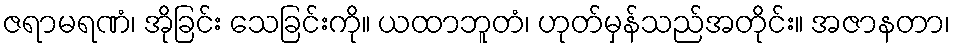
ဇရာမရဏံ၊ အိုခြင်း သေခြင်းကို။ ယထာဘူတံ၊ ဟုတ်မှန်သည်အတိုင်း။ အဇာနတာ၊